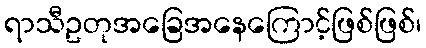
ရာသီဥတုအခြေအနေကြောင့်ဖြစ်ဖြစ်၊